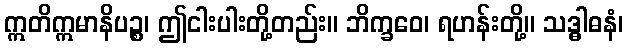
ဣတိဣမာနိပဉ္စ၊ ဤငါးပါးတို့တည်း။ ဘိက္ခဝေ၊ ရဟန်းတို့။ သဒ္ဓါဓနံ၊